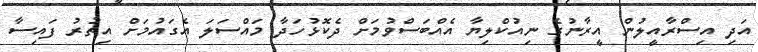
އަދި އިސްރާއީލުން އީރާނުގެ ނިއުކްލިޔާ އެއްބަސްވުމަށް ދެކޮޅުހަދާ މައްސަލަ އެގައުމަށް އިތުރު ފައިސާ